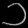
Digit: ၁